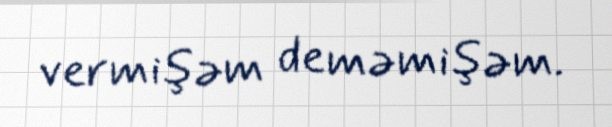
vermişəm deməmişəm.